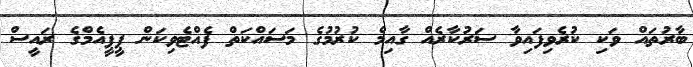
ބާރުތައް ވަކި ކުރެވިފައިވާ ސަރުކާރެއް ގާއިމް ކުރުމުގެ މަސައްކަތް ފެއްޓެވިކަން ޕީޕީއެމްގެ ރައީސް